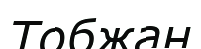
Тобжан